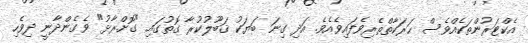
އެކްޓަރުންތަކެއްވެސް ޙަރަކާތްތެރިވެފައިވެއެވެ. އަދި ގިނަ ބަޔަކު ޤަބޫލުކުރާ ގޮތުގައި "ގޮށްރާޅު" ވެގެންދާނީ ދިވެހި